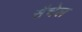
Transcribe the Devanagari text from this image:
सैचेल